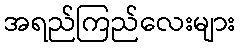
အရည်ကြည်လေးများ